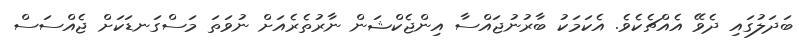
ބަދަލުގައި ދެވޭ އެއްޗެކެވެ. އެކަމަކު ބާރުނުޖައްސާ އިންޖެކްޝަން ނާރުތެރެއަށް ނުވަތަ މަސްގަނޑަކަށް ޖެއްސަސް